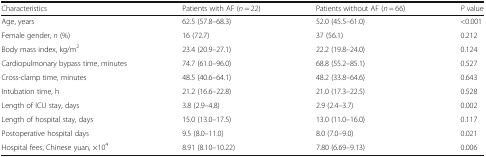
| Characteristics | Patients with AF (n = 22) | Patients without AF (n = 66) | P value |
 | --- | --- | --- | --- |
 | Age, years | 62.5 (57.8–68.3) | 52.0 (45.5–61.0) | <0.001 |
 | Female gender, n (%) | 16 (72.7) | 37 (56.1) | 0.212 |
 | Body mass index, kg/m2 | 23.4 (20.9–27.1) | 22.2 (19.8–24.0) | 0.124 |
 | Cardiopulmonary bypass time, minutes | 74.7 (61.0–96.0) | 68.8 (55.2–85.1) | 0.527 |
 | Cross-clamp time, minutes | 48.5 (40.6–64.1) | 48.2 (33.8–64.6) | 0.643 |
 | Intubation time, h | 21.2 (16.6–22.8) | 21.0 (17.3–22.5) | 0.528 |
 | Length of ICU stay, days | 3.8 (2.9–4.8) | 2.9 (2.4–3.7) | 0.002 |
 | Length of hospital stay, days | 15.0 (13.0–17.5) | 13.0 (11.0–16.0) | 0.117 |
 | Postoperative hospital days | 9.5 (8.0–11.0) | 8.0 (7.0–9.0) | 0.021 |
 | Hospital fees, Chinese yuan, ×104 | 8.91 (8.10–10.22) | 7.80 (6.69–9.13) | 0.006 |